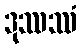
ဒုဿဿံ